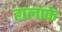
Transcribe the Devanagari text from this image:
हालांके